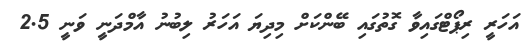
އަހަރީ ރިޕޯޓްގައިވާ ގޮތުގައި ބޭންކަށް މިދިޔަ އަހަރު ލިބުނު އާމްދަނީ ވަނީ 2.5